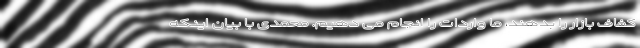
کفاف بازار را بدهند، ما واردات را انجام می دهیم. محمدی با بیان اینکه